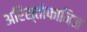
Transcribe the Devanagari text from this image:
अरिस्तोफानिज